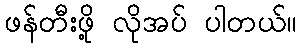
ဖန်တီးဖို့ လိုအပ် ပါတယ်။